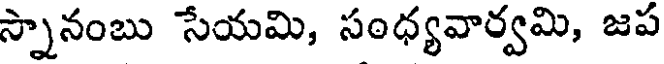
స్నానంబు సేయమి, సంధ్యవార్వమి, జప